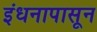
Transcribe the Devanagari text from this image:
इंधनापासून